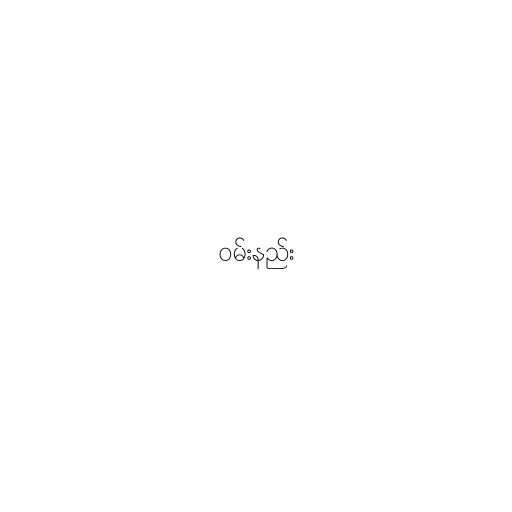
ဝမ်းနည်း